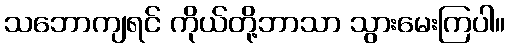
သဘောကျရင် ကိုယ်တို့ဘာသာ သွားမေးကြပါ။